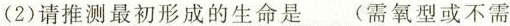
(2)请推测最初形成的生命是___(需氧型或不需